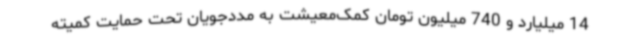
14 میلیارد و 740 میلیون تومان کمک‌معیشت به مددجویان تحت حمایت کمیته